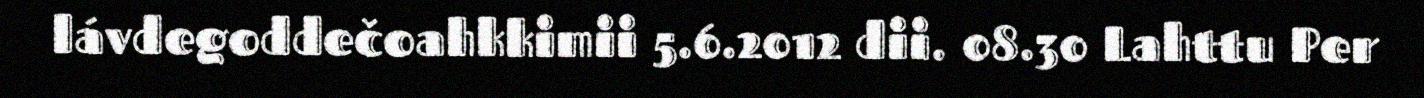
lávdegoddečoahkkimii 5.6.2012 dii. 08.30 Lahttu Per